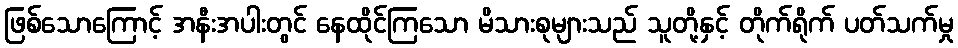
ဖြစ်သောကြောင့် အနီးအပါးတွင် နေထိုင်ကြသော မိသားစုများသည် သူတို့နှင့် တိုက်ရိုက် ပတ်သက်မှု